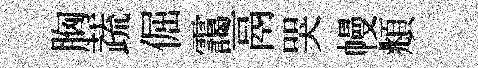
胸蔬倔靄鬲哭幔頫